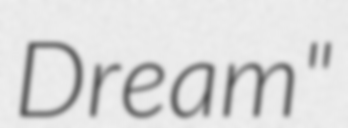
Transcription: Dream"